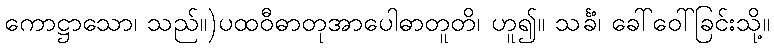
ကောဋ္ဌာသော၊ သည်။)ပထဝီဓာတုအာပေါဓာတူတိ၊ ဟူ၍။ သင်္ခံ၊ ခေါ်ဝေါ်ခြင်းသို့။